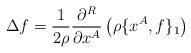
LaTeX: \begin{align*}\Delta f=\frac{1}{2\rho} \frac{\partial^R}{\partial x^A}\left(\rho\{x^A,f\}_1\right) \end{align*}